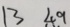
1 3 4 9